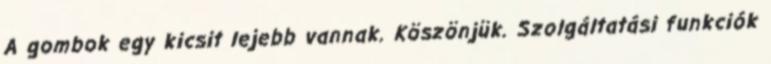
A gombok egy kicsit lejebb vannak. Köszönjük. Szolgáltatási funkciók